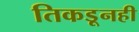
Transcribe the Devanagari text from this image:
तिकडूनही